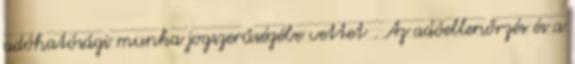
adóhatósági munka jogszerűségébe vettet . Az adóellenőrzés és a